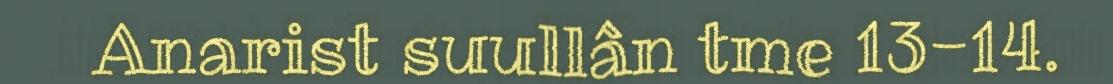
Anarist suullân tme 13-14.